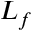
L _ { f }